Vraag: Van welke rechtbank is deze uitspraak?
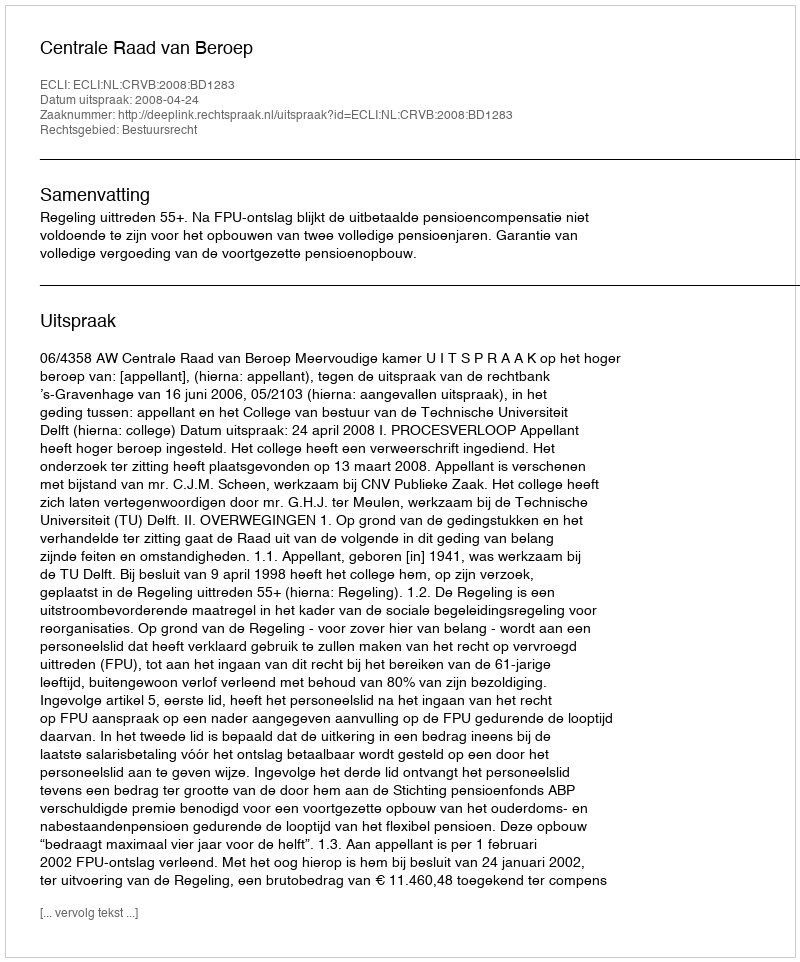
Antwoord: Centrale Raad van Beroep